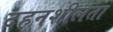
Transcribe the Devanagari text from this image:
दहनशीलता